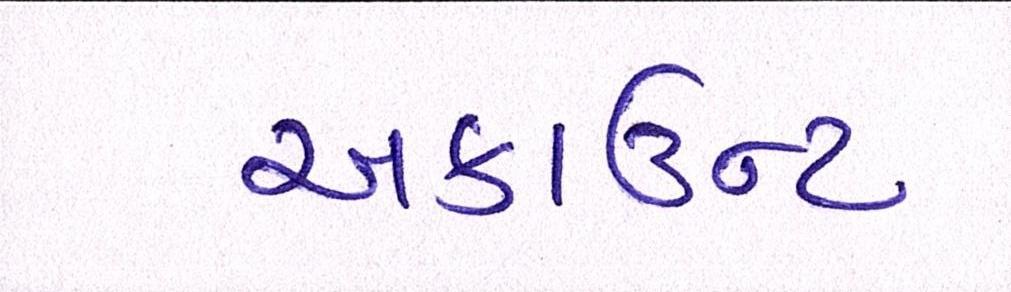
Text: અકાઉન્ટ